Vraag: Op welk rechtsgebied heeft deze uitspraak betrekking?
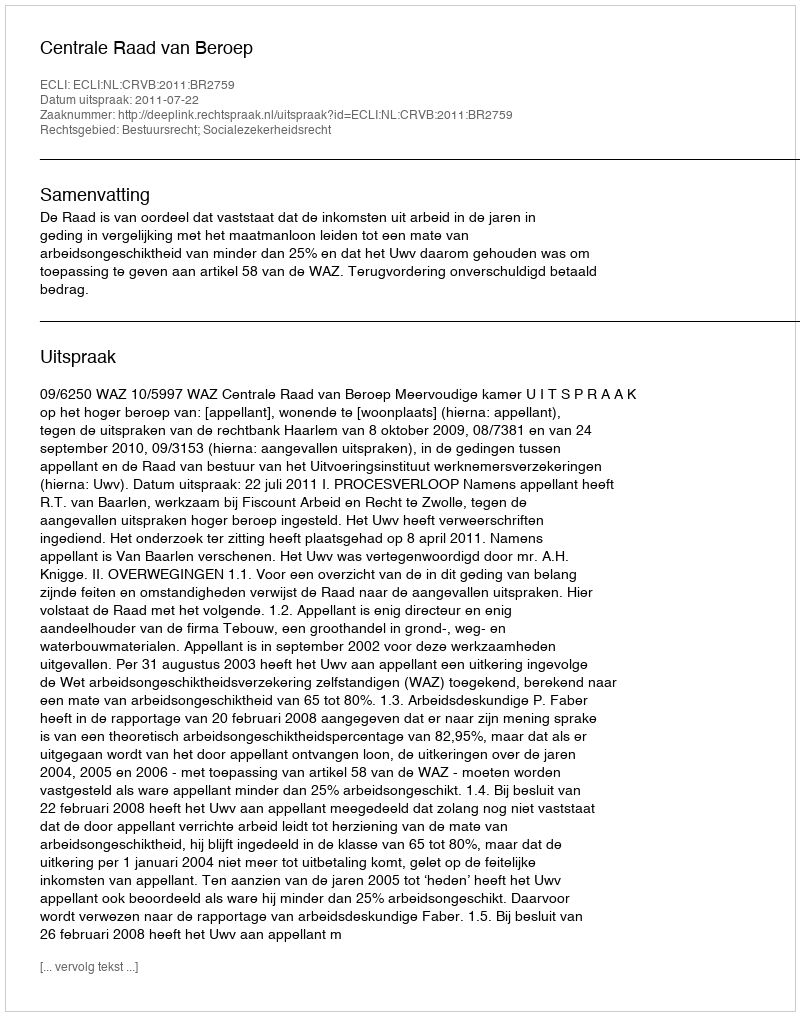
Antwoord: Bestuursrecht; Socialezekerheidsrecht